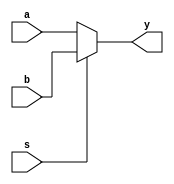
`timescale 1ns/1ns

module mux2(a, b, s, y);
	input  [7:0] a, b;
	input        s;
	output [7:0] y;
	reg    [7:0] y;
	
	always@(a or b or s) begin
		if(s == 1'b0) begin
			y <= a;
		end else begin
			y <= b;
		end
	end
	
endmodule